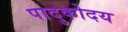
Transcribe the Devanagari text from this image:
पादुकोदय